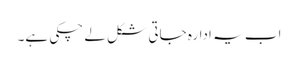
اب یہ ادارہ جاتی شکل لے چکی ہے۔